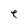
Character: e